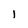
Character: I